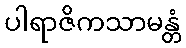
ပါရာဇိကသာမန္တံ